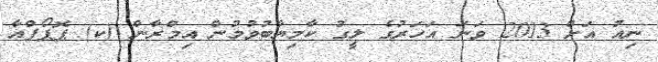
ނިއު އަށް 2013 ވަނަ އަހަރުގެ ލީގު ކާމިޔާބުވުމުން އިމްރާން (ކ) ޕޮޕޯފްއާ